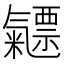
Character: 𣱯